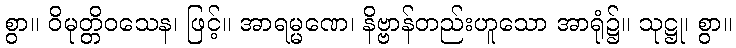
စွာ။ ဝိမုတ္တိဝသေန၊ ဖြင့်။ အာရမ္မဏေ၊ နိဗ္ဗာန်တည်းဟူသော အာရုံ၌။ သုဋ္ဌု၊ စွာ။